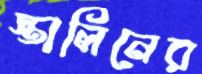
স্তালিনের